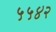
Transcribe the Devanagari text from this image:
५५४२